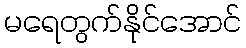
မရေတွက်နိုင်အောင်